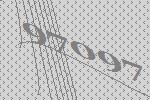
97097